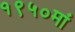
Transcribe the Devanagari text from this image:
१९५०मां